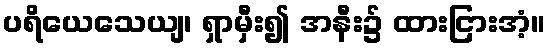
ပရိယေသေယျ၊ ရှာမှီး၍ အနီး၌ ထားငြားအံ့။